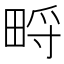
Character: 㽟